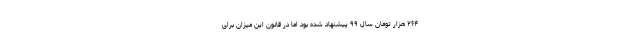
۲۶۴ هزار تومان سال ۹۹ پیشنهاد شده بود اما در قانون این میزان برای